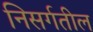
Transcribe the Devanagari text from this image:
निसर्गतील